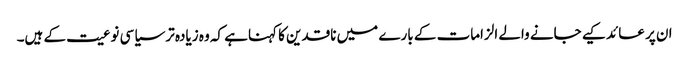
ان پر عائد کیے جانے والے الزامات کے بارے میں ناقدین کا کہناہے کہ وہ زیادہ تر سیاسی نوعیت کے ہیں۔